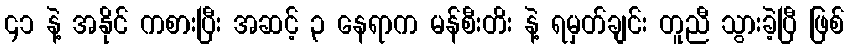
၄၁ နဲ့ အနိုင် ကစားပြီး အဆင့် ၃ နေရာက မန်စီးတိး နဲ့ ရမှတ်ချင်း တူညီ သွားခဲ့ပြီ ဖြစ်